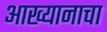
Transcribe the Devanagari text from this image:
आख्यानाचा